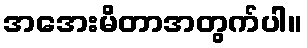
အအေးမိတာအတွက်ပါ။